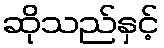
ဆိုသည်နှင့်